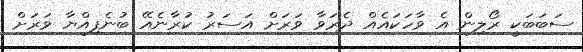
ސަބަބަކީ ރޯލިން އެ ވާހަކައެއް ދެރަވާ ވަރަށް އަސަރު ކުރާނެއޭ ބުނެފިއްޔާ ވަރަށް